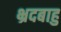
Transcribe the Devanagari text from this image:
भ्रदबाहु